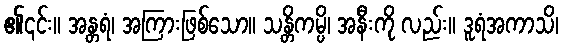
၏၎င်း။ အန္တရံ၊ အကြားဖြစ်သော။ သန္တိကမ္ပိ၊ အနီးကို လည်း။ ဒူရံအကာသိ၊